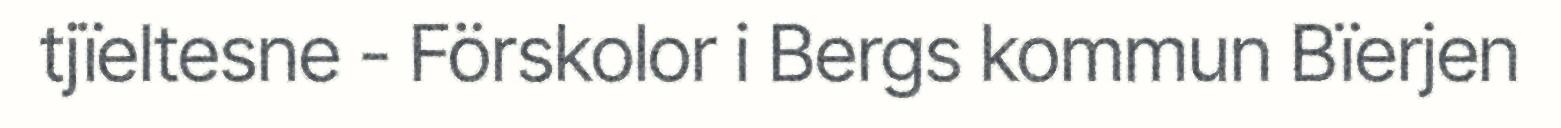
tjïeltesne - Förskolor i Bergs kommun Bïerjen